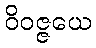
ဝိဝဇ္ဇယေ